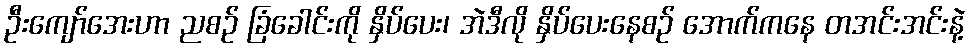
ဦးကျော်အေးဟာ ညစဉ် ခြံခေါင်းကို နှိပ်ပေး၊ အဲဒီလို နှိပ်ပေးနေစဉ် အောက်ကနေ တအင်းအင်းနဲ့